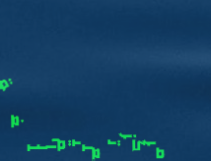
مركز تعليم اللغة الإنجليز